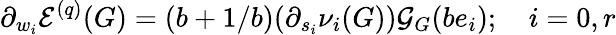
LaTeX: \partial_{w_{i}}\mathcal{E}^{(q)}(G)=(b+1/b)(\partial_{s_{i}}\nu_{i}(G))\mathcal{G}_{G}(be_{i});\quad i=0,r